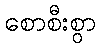
စောစီးစွာ